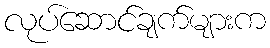
လုပ်ဆောင်ချက်များက